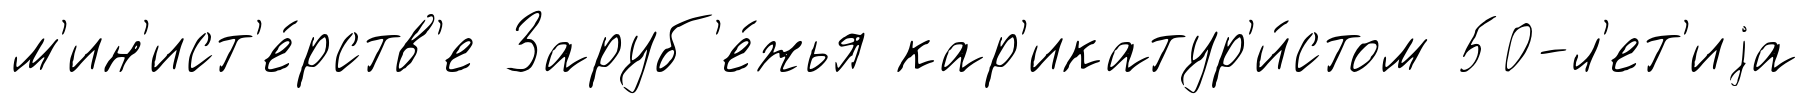
м'ин'ист'е́рств'е Заруб'е́жья кар'икатур'и́стом 50-л'ет'иjа